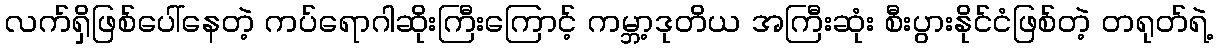
လက်ရှိဖြစ်ပေါ်နေတဲ့ ကပ်ရောဂါဆိုးကြီးကြောင့် ကမ္ဘာ့ဒုတိယ အကြီးဆုံး စီးပွားနိုင်ငံဖြစ်တဲ့ တရုတ်ရဲ့